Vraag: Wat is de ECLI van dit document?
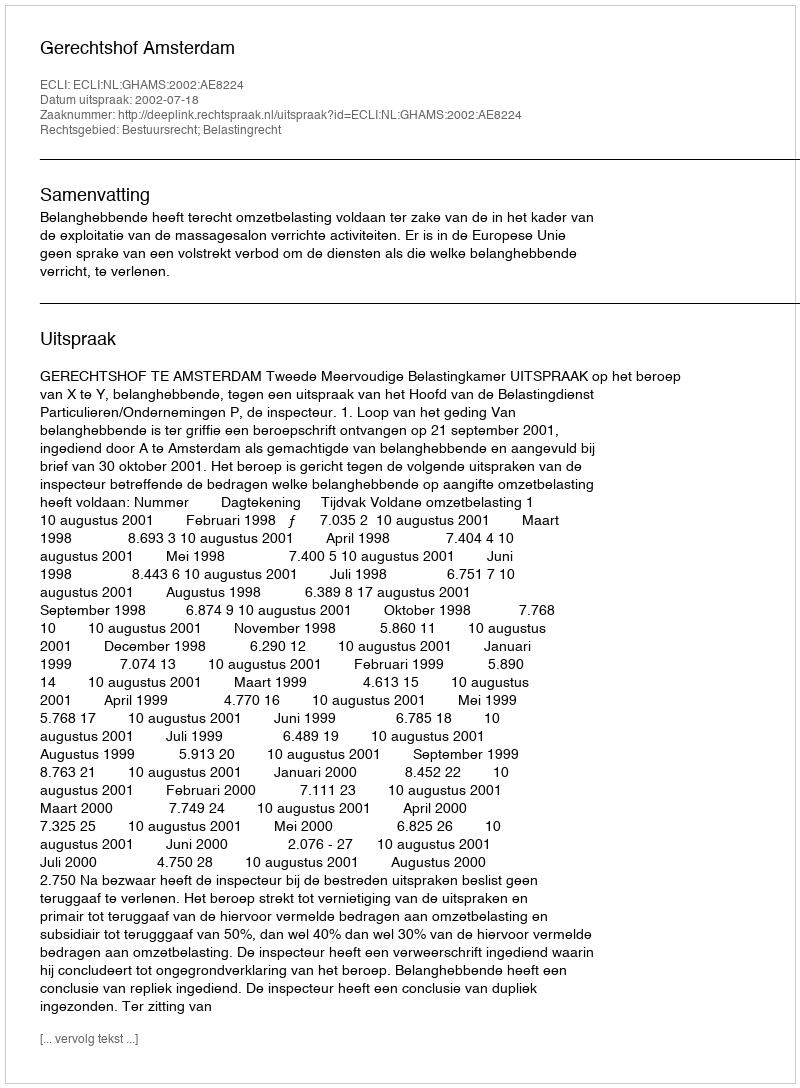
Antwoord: ECLI:NL:GHAMS:2002:AE8224